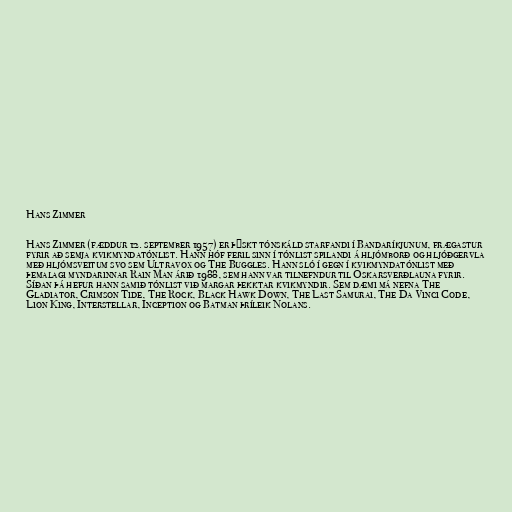
Hans Zimmer

Hans Zimmer (fæddur 12. september 1957) er þýskt tónskáld starfandi í Bandaríkjunum, frægastur
fyrir að semja kvikmyndatónlist. Hann hóf feril sinn í tónlist spilandi á hljómborð og hljóðgervla
með hljómsveitum svo sem Ultravox og The Buggles. Hann sló í gegn í kvikmyndatónlist með
þemalagi myndarinnar Rain Man árið 1988, sem hann var tilnefndur til Óskarsverðlauna fyrir.
Síðan þá hefur hann samið tónlist við margar þekktar kvikmyndir. Sem dæmi má nefna The
Gladiator, Crimson Tide, The Rock, Black Hawk Down, The Last Samurai, The Da Vinci Code,
Lion King, Interstellar, Inception og Batman þríleik Nolans.